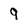
Character: 9